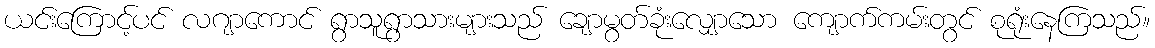
ယင်းကြောင့်ပင် လဂျာကောင် ရွာသူရွာသားများသည် ချောမွတ်ခုံးလျှောသော ကျောက်ကမ်းတွင် စုရုံးနေကြသည်။